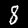
Digit: 8